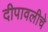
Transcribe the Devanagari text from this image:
दीपावलीचे